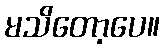
မသိတော့ပေ။